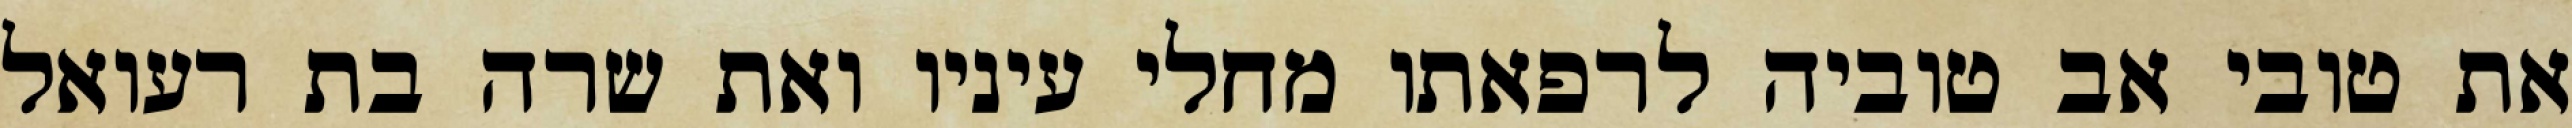
את טובי אב טוביה לרפאתו מחלי עיניו ואת שרה בת רעואל